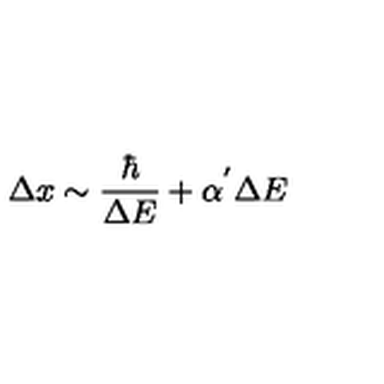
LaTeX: \Delta x \sim \frac { \hbar } { \Delta E } + \alpha ^ { ' } \Delta E